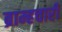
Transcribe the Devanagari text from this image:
ब्राम्हचारी